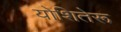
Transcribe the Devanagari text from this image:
योशितेरू